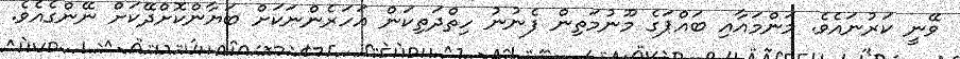
ވޭނީ ކަރުނައެވެ. މަންމައާއި ބައްޕަގެ މޫނުމަތިން ފެނުނު ހިތްދަތިކަން އަހަރެންނަކަށް ބަޔާންކޮށްދޭކަށް ނޭންގެއެވެ.